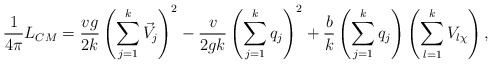
\begin{align*}\frac{1}{4\pi}L_{CM}= \frac{vg}{2k}\left(\sum_{j=1}^k\vec{V}_j\right)^2-\frac{v}{2gk}\left(\sum_{j=1}^kq_j\right)^2+\frac{b}{k}\left(\sum_{j=1}^k q_j\right)\left(\sum_{l=1}^k V_{l\chi}\right),\end{align*}